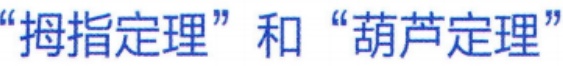
“拇指定理”和“葫芦定理”